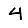
Digit: 4